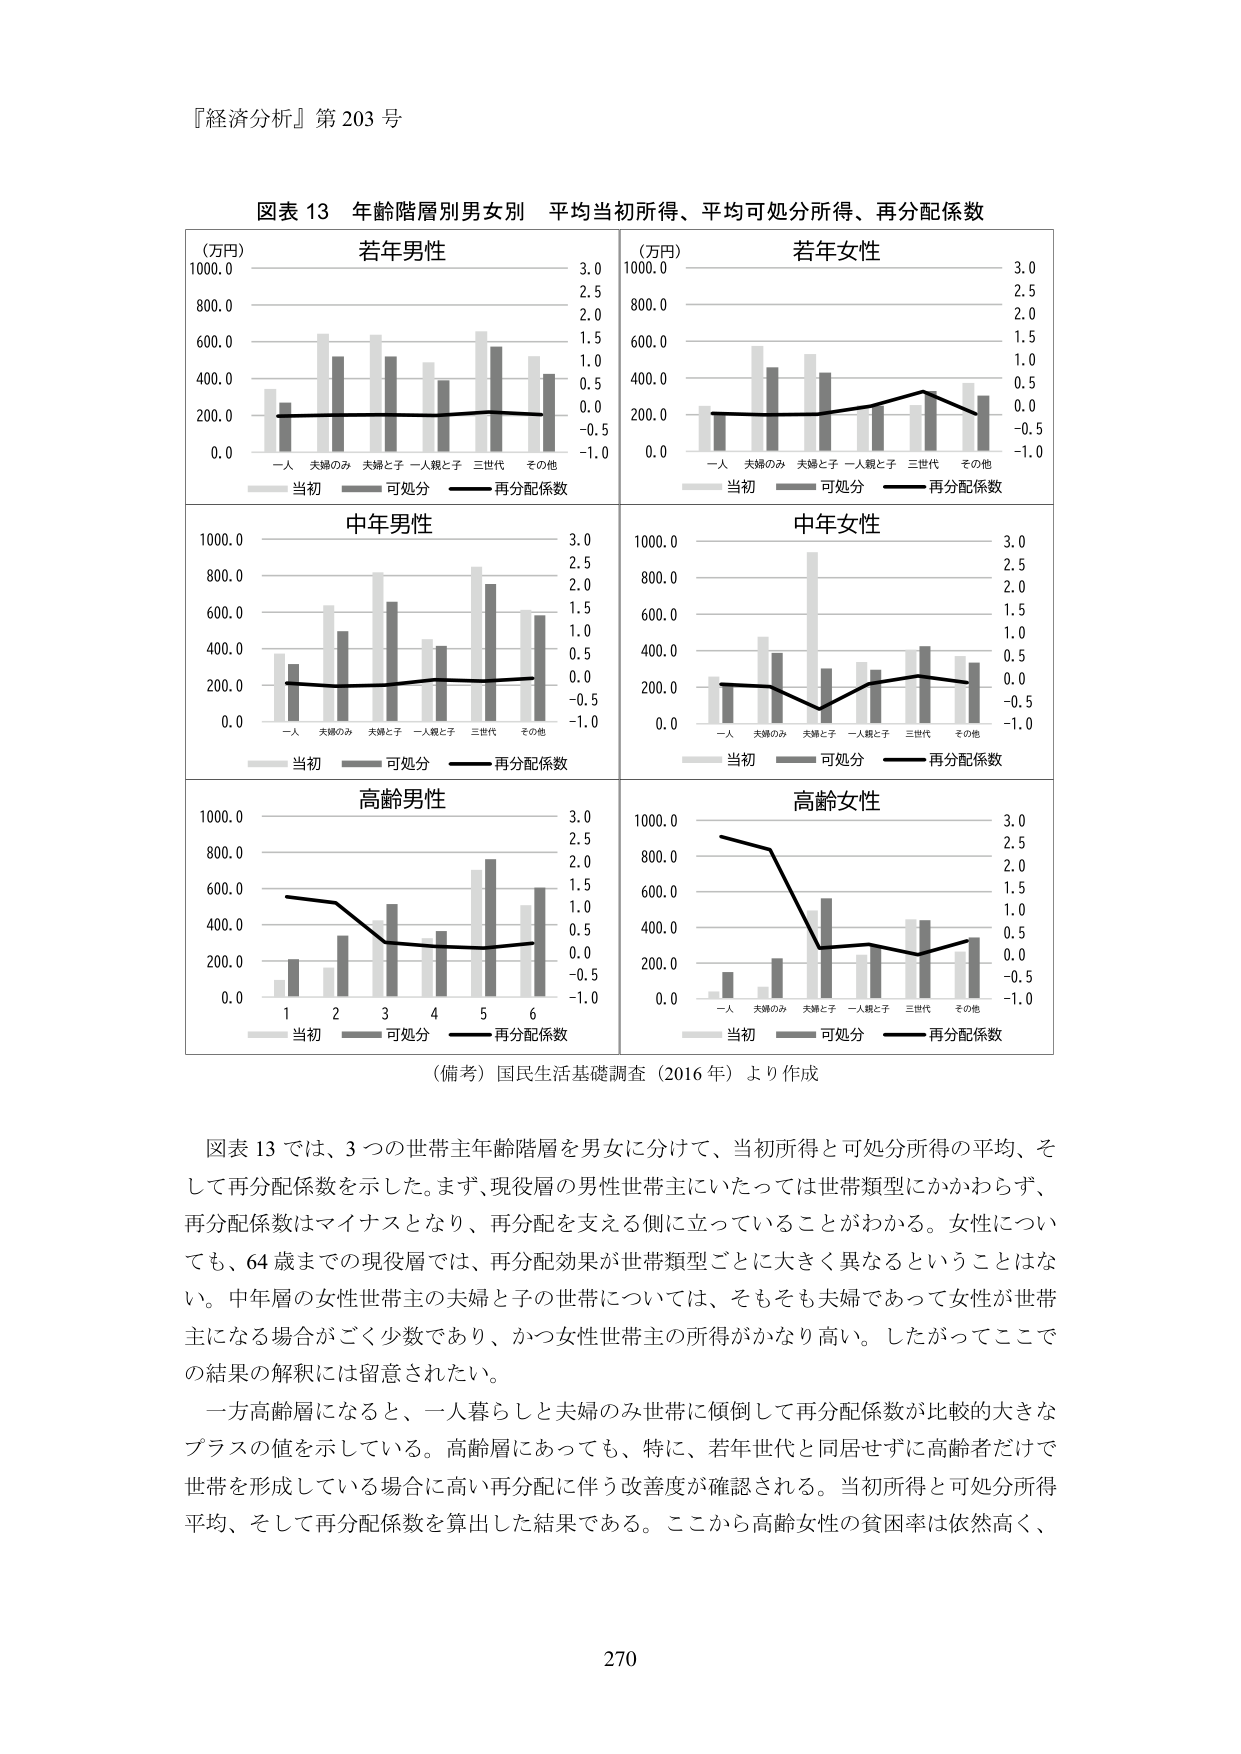
『経済分析』第203号

図表13 年齢階層別男女別 平均当初所得、平均可処分所得、再分配係数

（万円） 若年男性
1000.0 3.0
800.0 2.5
600.0 2.0
400.0 1.5
200.0 1.0
0.0 0.5
-1.0
一人 夫婦のみ 夫婦と子 一人親と子 三世代 その他
当初 可処分 再分配係数

（万円） 若年女性
1000.0 3.0
800.0 2.5
600.0 2.0
400.0 1.5
200.0 1.0
0.0 0.5
-1.0
一人 夫婦のみ 夫婦と子 一人親と子 三世代 その他
当初 可処分 再分配係数

中年男性
1000.0 3.0
800.0 2.5
600.0 2.0
400.0 1.5
200.0 1.0
0.0 0.5
-1.0
一人 夫婦のみ 夫婦と子 一人親と子 三世代 その他
当初 可処分 再分配係数

中年女性
1000.0 3.0
800.0 2.5
600.0 2.0
400.0 1.5
200.0 1.0
0.0 0.5
-1.0
一人 夫婦のみ 夫婦と子 一人親と子 三世代 その他
当初 可処分 再分配係数

高齢男性
1000.0 3.0
800.0 2.5
600.0 2.0
400.0 1.5
200.0 1.0
0.0 0.5
-1.0
1 2 3 4 5 6
当初 可処分 再分配係数

高齢女性
1000.0 3.0
800.0 2.5
600.0 2.0
400.0 1.5
200.0 1.0
0.0 0.5
-1.0
一人 夫婦のみ 夫婦と子 一人親と子 三世代 その他
当初 可処分 再分配係数

（備考）国民生活基礎調査（2016年）より作成

図表13では、3つの世帯主年齢階層を男女に分けて、当初所得と可処分所得の平均、そして再分配係数を示した。まず、現役層の男性世帯主にいたっては世帯類型にかかわらず、再分配係数はマイナスとなり、再分配を支える側に立っていることがわかる。女性についても、64歳までの現役層では、再分配効果が世帯類型ごとに大きく異なるということはない。中年層の女性世帯主の夫婦と子の世帯については、そもそも夫婦であって女性が世帯主になる場合がごく少数であり、かつ女性世帯主の所得がかなり高い。したがってここでの結果の解釈には留意されたい。

一方高齢層になると、一人暮らしと夫婦のみ世帯に傾倒して再分配係数が比較的大きなプラスの値を示している。高齢層にあっても、特に、若年世代と同居せずに高齢者だけで世帯を形成している場合に高い再分配に伴う改善度が確認される。当初所得と可処分所得平均、そして再分配係数を算出した結果である。ここから高齢女性の貧困率は依然高く、

270